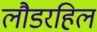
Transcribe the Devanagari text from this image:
लौडरहिल